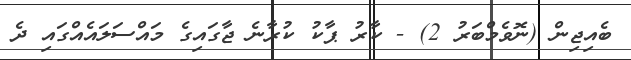
ބެއިޖިން (ނޮވެމްބަރު 2) - ކާރު ޕާކު ކުރާނެ ޖާގައިގެ މައްސަލައެއްގައި ދެ